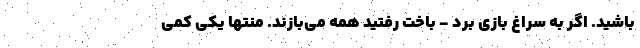
باشيد. اگر به سراغ بازي برد - باخت رفتيد همه مي‌بازند. منتها يكي كمي